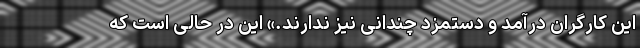
این کارگران درآمد و دستمزد چندانی نیز ندارند.» این در حالی است که